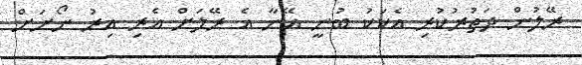
ރޭލުން ދަތުރުކުރި އެކަކު ބުނީ އޭނާ އެ ރޭލަށް އެރި އިރު ނޯށަށް